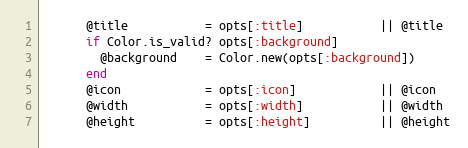
Language: Ruby
      @title           = opts[:title]           || @title
      if Color.is_valid? opts[:background]
        @background    = Color.new(opts[:background])
      end
      @icon            = opts[:icon]            || @icon
      @width           = opts[:width]           || @width
      @height          = opts[:height]          || @height